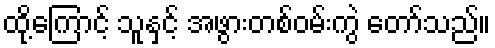
ထို့ကြောင့် သူနှင့် အဖွားတစ်ဝမ်းကွဲ တော်သည်။